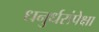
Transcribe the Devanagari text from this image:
धनुर्धरांपेक्षा